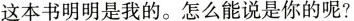
这本书明明是我的。怎么能说是你的呢？